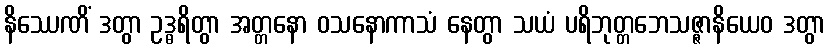
နိဿေဏိံ ဒတွာ ဥဒ္ဓရိတွာ အတ္တနော ဝသနောကာသံ နေတွာ သယံ ပရိဘုတ္တဘေသဇ္ဇာနိယေဝ ဒတွာ